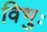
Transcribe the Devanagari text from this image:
विभुः